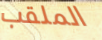
الملقب